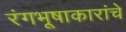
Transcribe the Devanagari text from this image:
रंगभूषाकारांचे